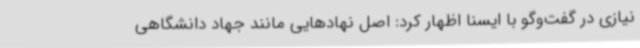
نیازی در گفت‌وگو با ایسنا اظهار کرد: اصل نهادهایی مانند جهاد دانشگاهی